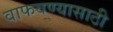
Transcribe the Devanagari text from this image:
वाफवण्यासाठी